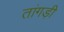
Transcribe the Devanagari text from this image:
तांगड़ी